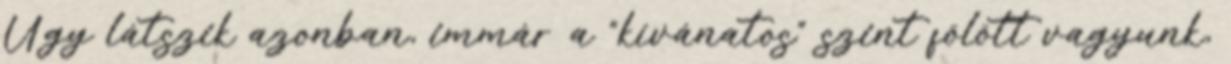
Úgy látszik azonban, immár a “kívánatos” szint fölött vagyunk,